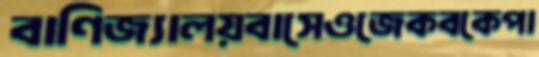
বাণিজ্যালয়বাসেওজেকবকেপা